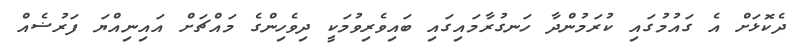
ދެކޮޅަށް އެ ގައުމުގައި ކުރަމުންދާ ހަނގުރާމައިގައި ބައިވެރިވުމަކީ ދިވެހިންގެ މައްޗަށް އައިނިއްޔަ ފަރުޟެއް